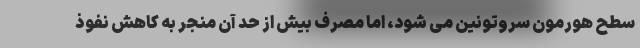
سطح هورمون سروتونین می شود، اما مصرف بیش از حد آن منجر به کاهش نفوذ